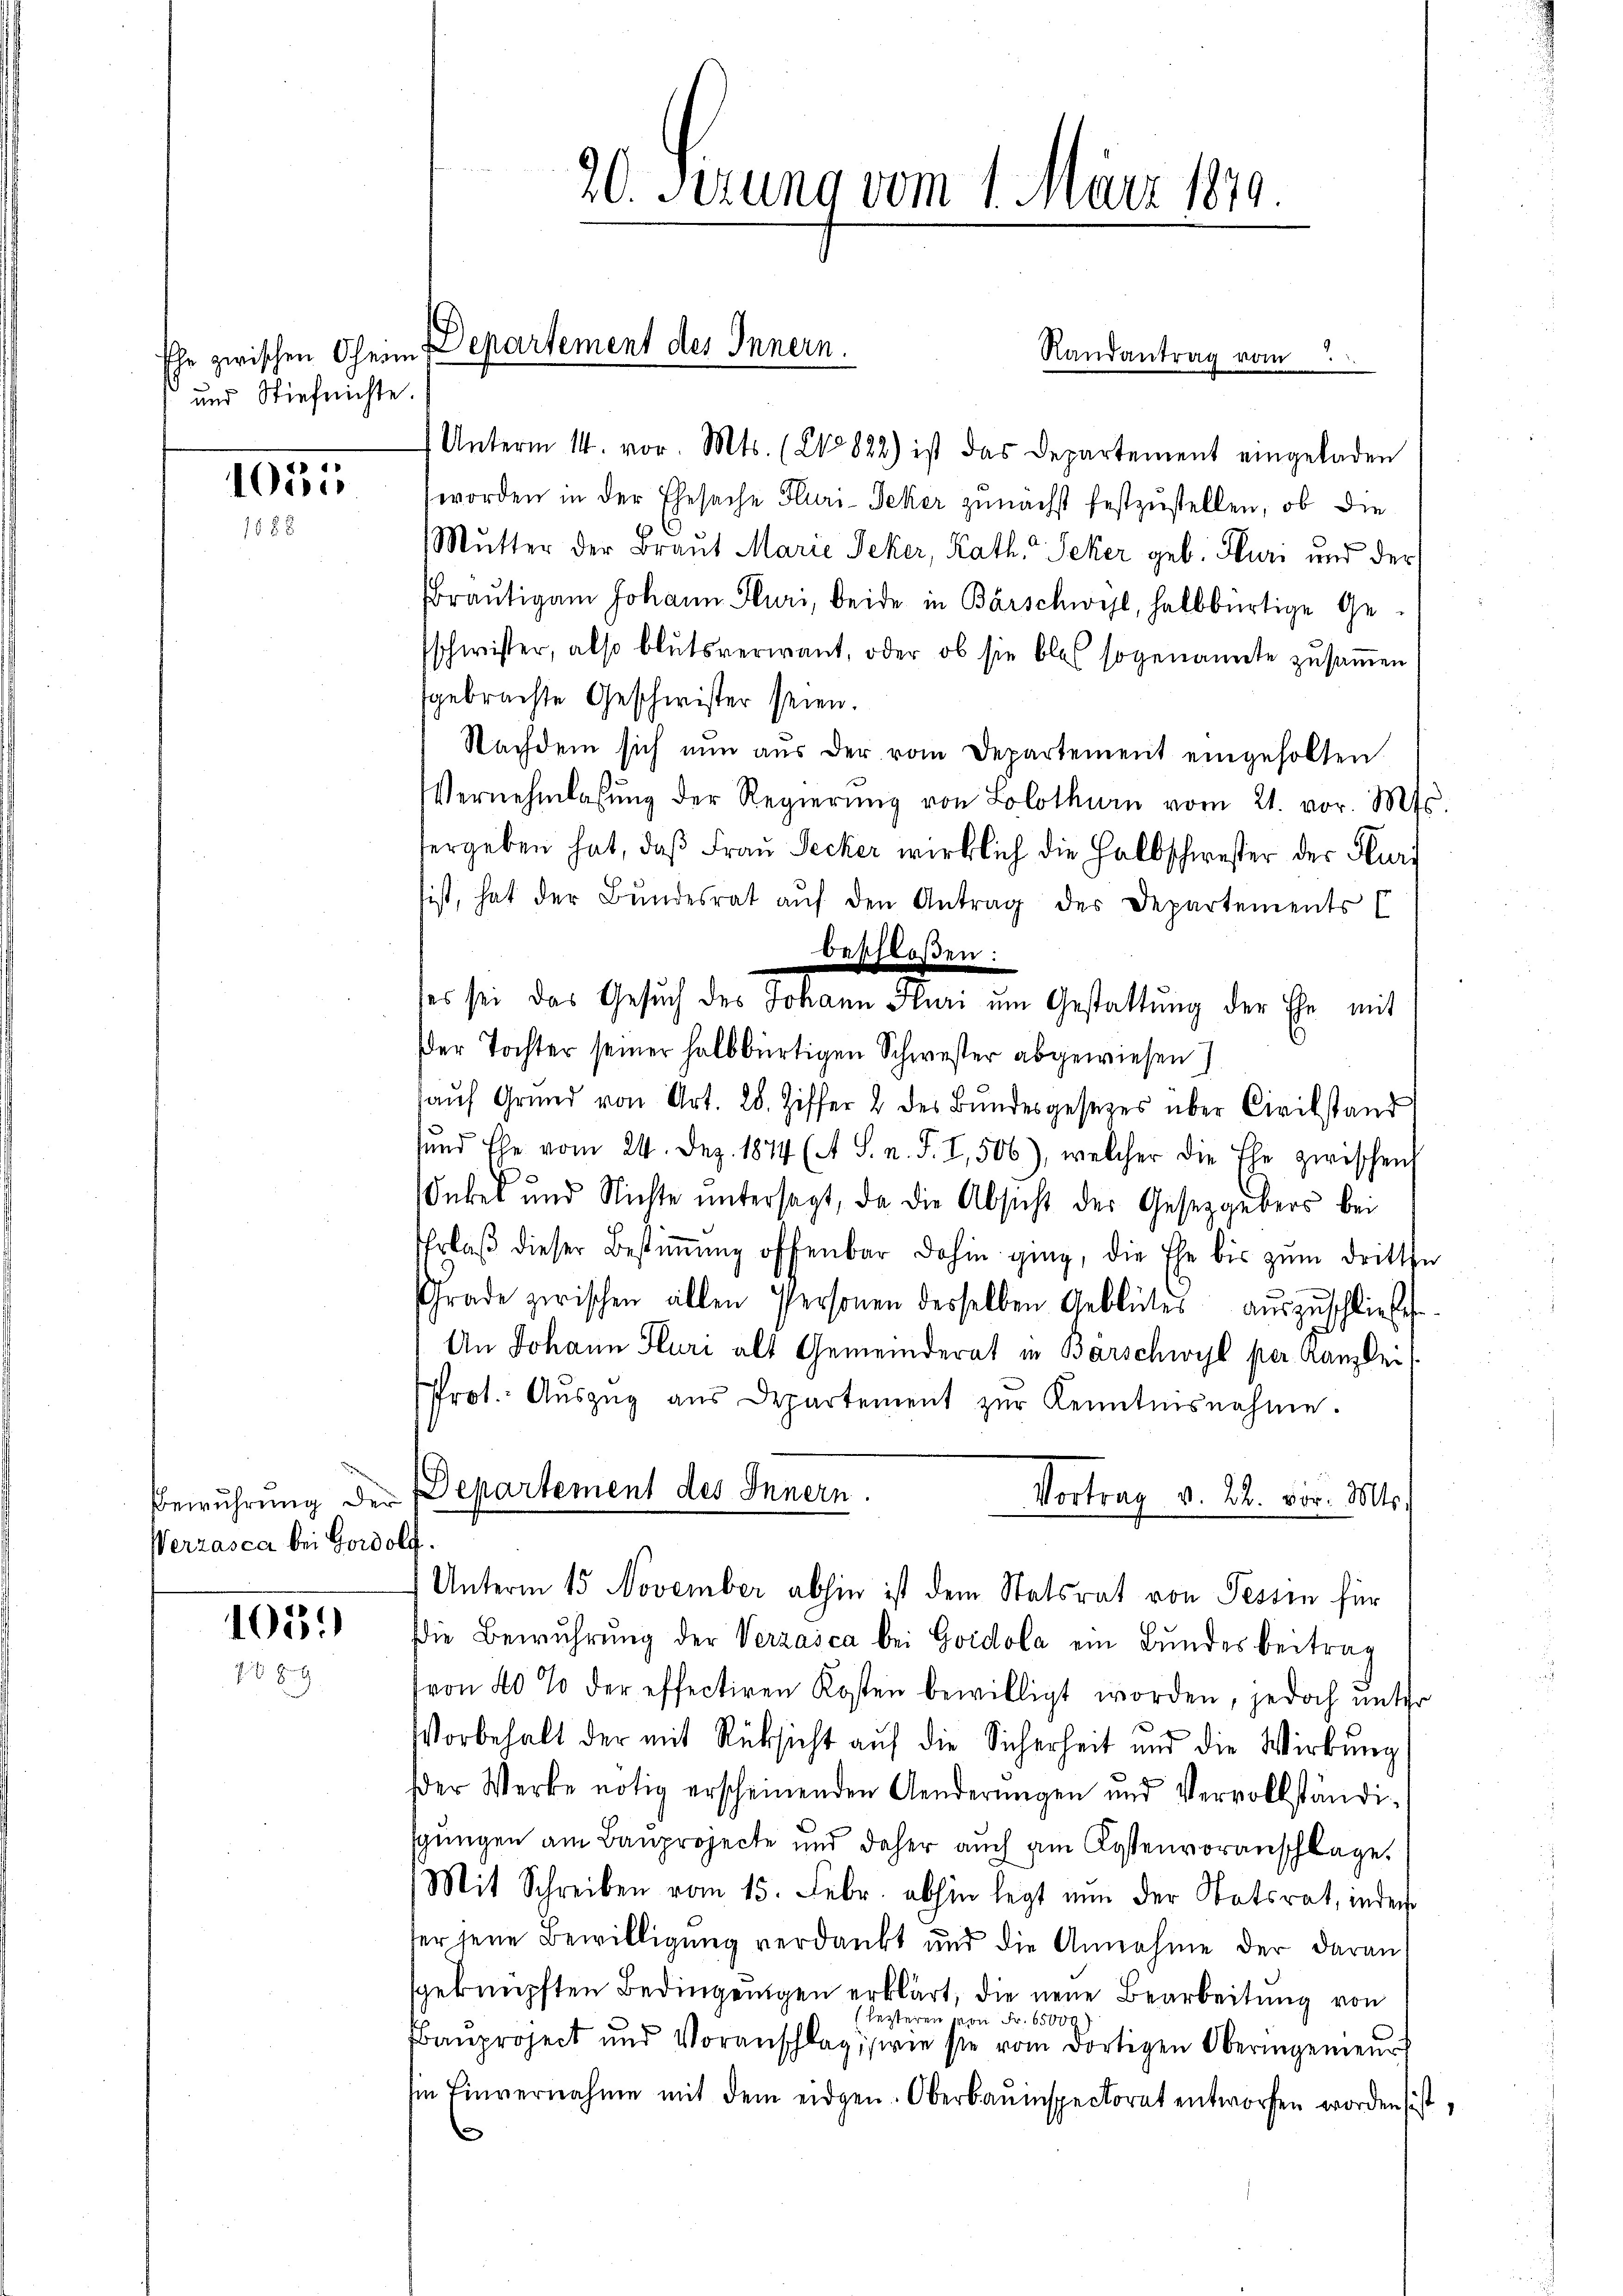
und Stieferichte.

1055
1688

Werzasca bei Godolf

1013.)
76 89

20. Serung vom 1. März 189

Ehe zwischen Oheim Departement des Innern.

Unterm 14. vor. Mts. (20822) ist das Departement eingeladen
worden in der Ehesache Fluri-Seker zunächst festzustellen, ob die
Mutter der Braut Marie Peker, Kath. Seker geb. Fluri und der
raŭtigam Johann Sturi, beide in Bärschwyl, halbbürtige Ge-
schwister, also blutsverwant, oder ob sie blos sogenannte zusammen
sgebrachte Geschwister seien.
Nachdem sich nun aus der vom Departement eingeholten
Vernehmlassŭng der Regierŭng von Solothurn vom 21. vor. Mts.
vergeben hat, daß Frau Secker wirklich die Halbschwester der Hurt
sist, hat der Bŭndesrat aŭf den Antrag des Departements C
beschloßen:
ses sei das Gesuch des Johann Fluri um Gestattung der Ehe mit
Der Tochter seiner halbbürtigen Schwester abgewiesen)
aŭf Grund von Art. 28. Ziffer u. des Bŭndesgesezes über Civilstand
sund Ehe vom 24. Dez. 1874 (A S. n. F. I, 506), welcher die Ehe zwischen
Onkel und Nichte ŭntersagt, da die Absicht der Gesetzgebers bei
Erlaβ dieser Bestiṁŭng offenbar dahin ging, die Ehe bis zum dritten
Grade zwischen allen Personen desselben Geblütes aŭszŭschließt
An Johann Sluri alt Gemeinderat in Barschwyl per Kanzlei
Prot. Aŭszŭg aŭs Departement zŭr Kenntnisnahme.
Bewuhrung der Departement des Innern.
Vortrag v. 22. vor. Mts.
Unterm 15. November abhin ist dem Statsrat von Tessin für
die Bewuhrung der Verzasca bei Goidola ein Bundesbeitrag
von 40 % der effectiren Kosten bewilligt worden, jedoch unter
Vorbehalt der mit Rücksicht auf die Sicherheit und die Wirkung
der Werke nötig erscheinenden Aenderungen und Vervollständigungen am Bauprojecte und daher auch am Kostenvoranschlage.
Mit Schreiben vom 15. Febr. abhin legt nun der Statsrat, inder
der jene Bewilligung verdankt und die Annahme der daran,
sgeknüpften Bedingungen erklärt, die neue Bearbeitung von
lezteren von Fr. 65000
aŭproject und Voranschlag, wie sie vom dortigen Oberingenieŭrs
Im Einvernahme mit dem eidgen. Oberbauinspectorat entworfen worden ist,
e

Randantrag vom